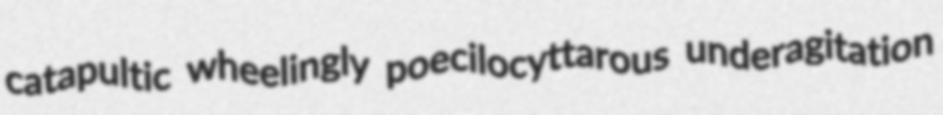
catapultic wheelingly poecilocyttarous underagitation